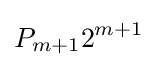
P_{m+1}2^{m+1}